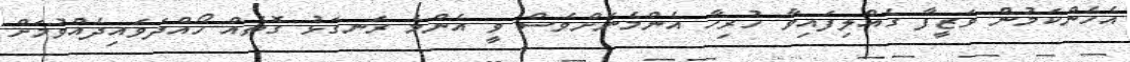
އެހެންކަމުން ވަޒީފާ ގެއްލިފައިވާ ހުރިހާ އެންމެނަށްވެސް ވީ އެންމެ ރަނގަޅު ގޮތެއް ހޯއްދަވައިދެއްވުމަށް